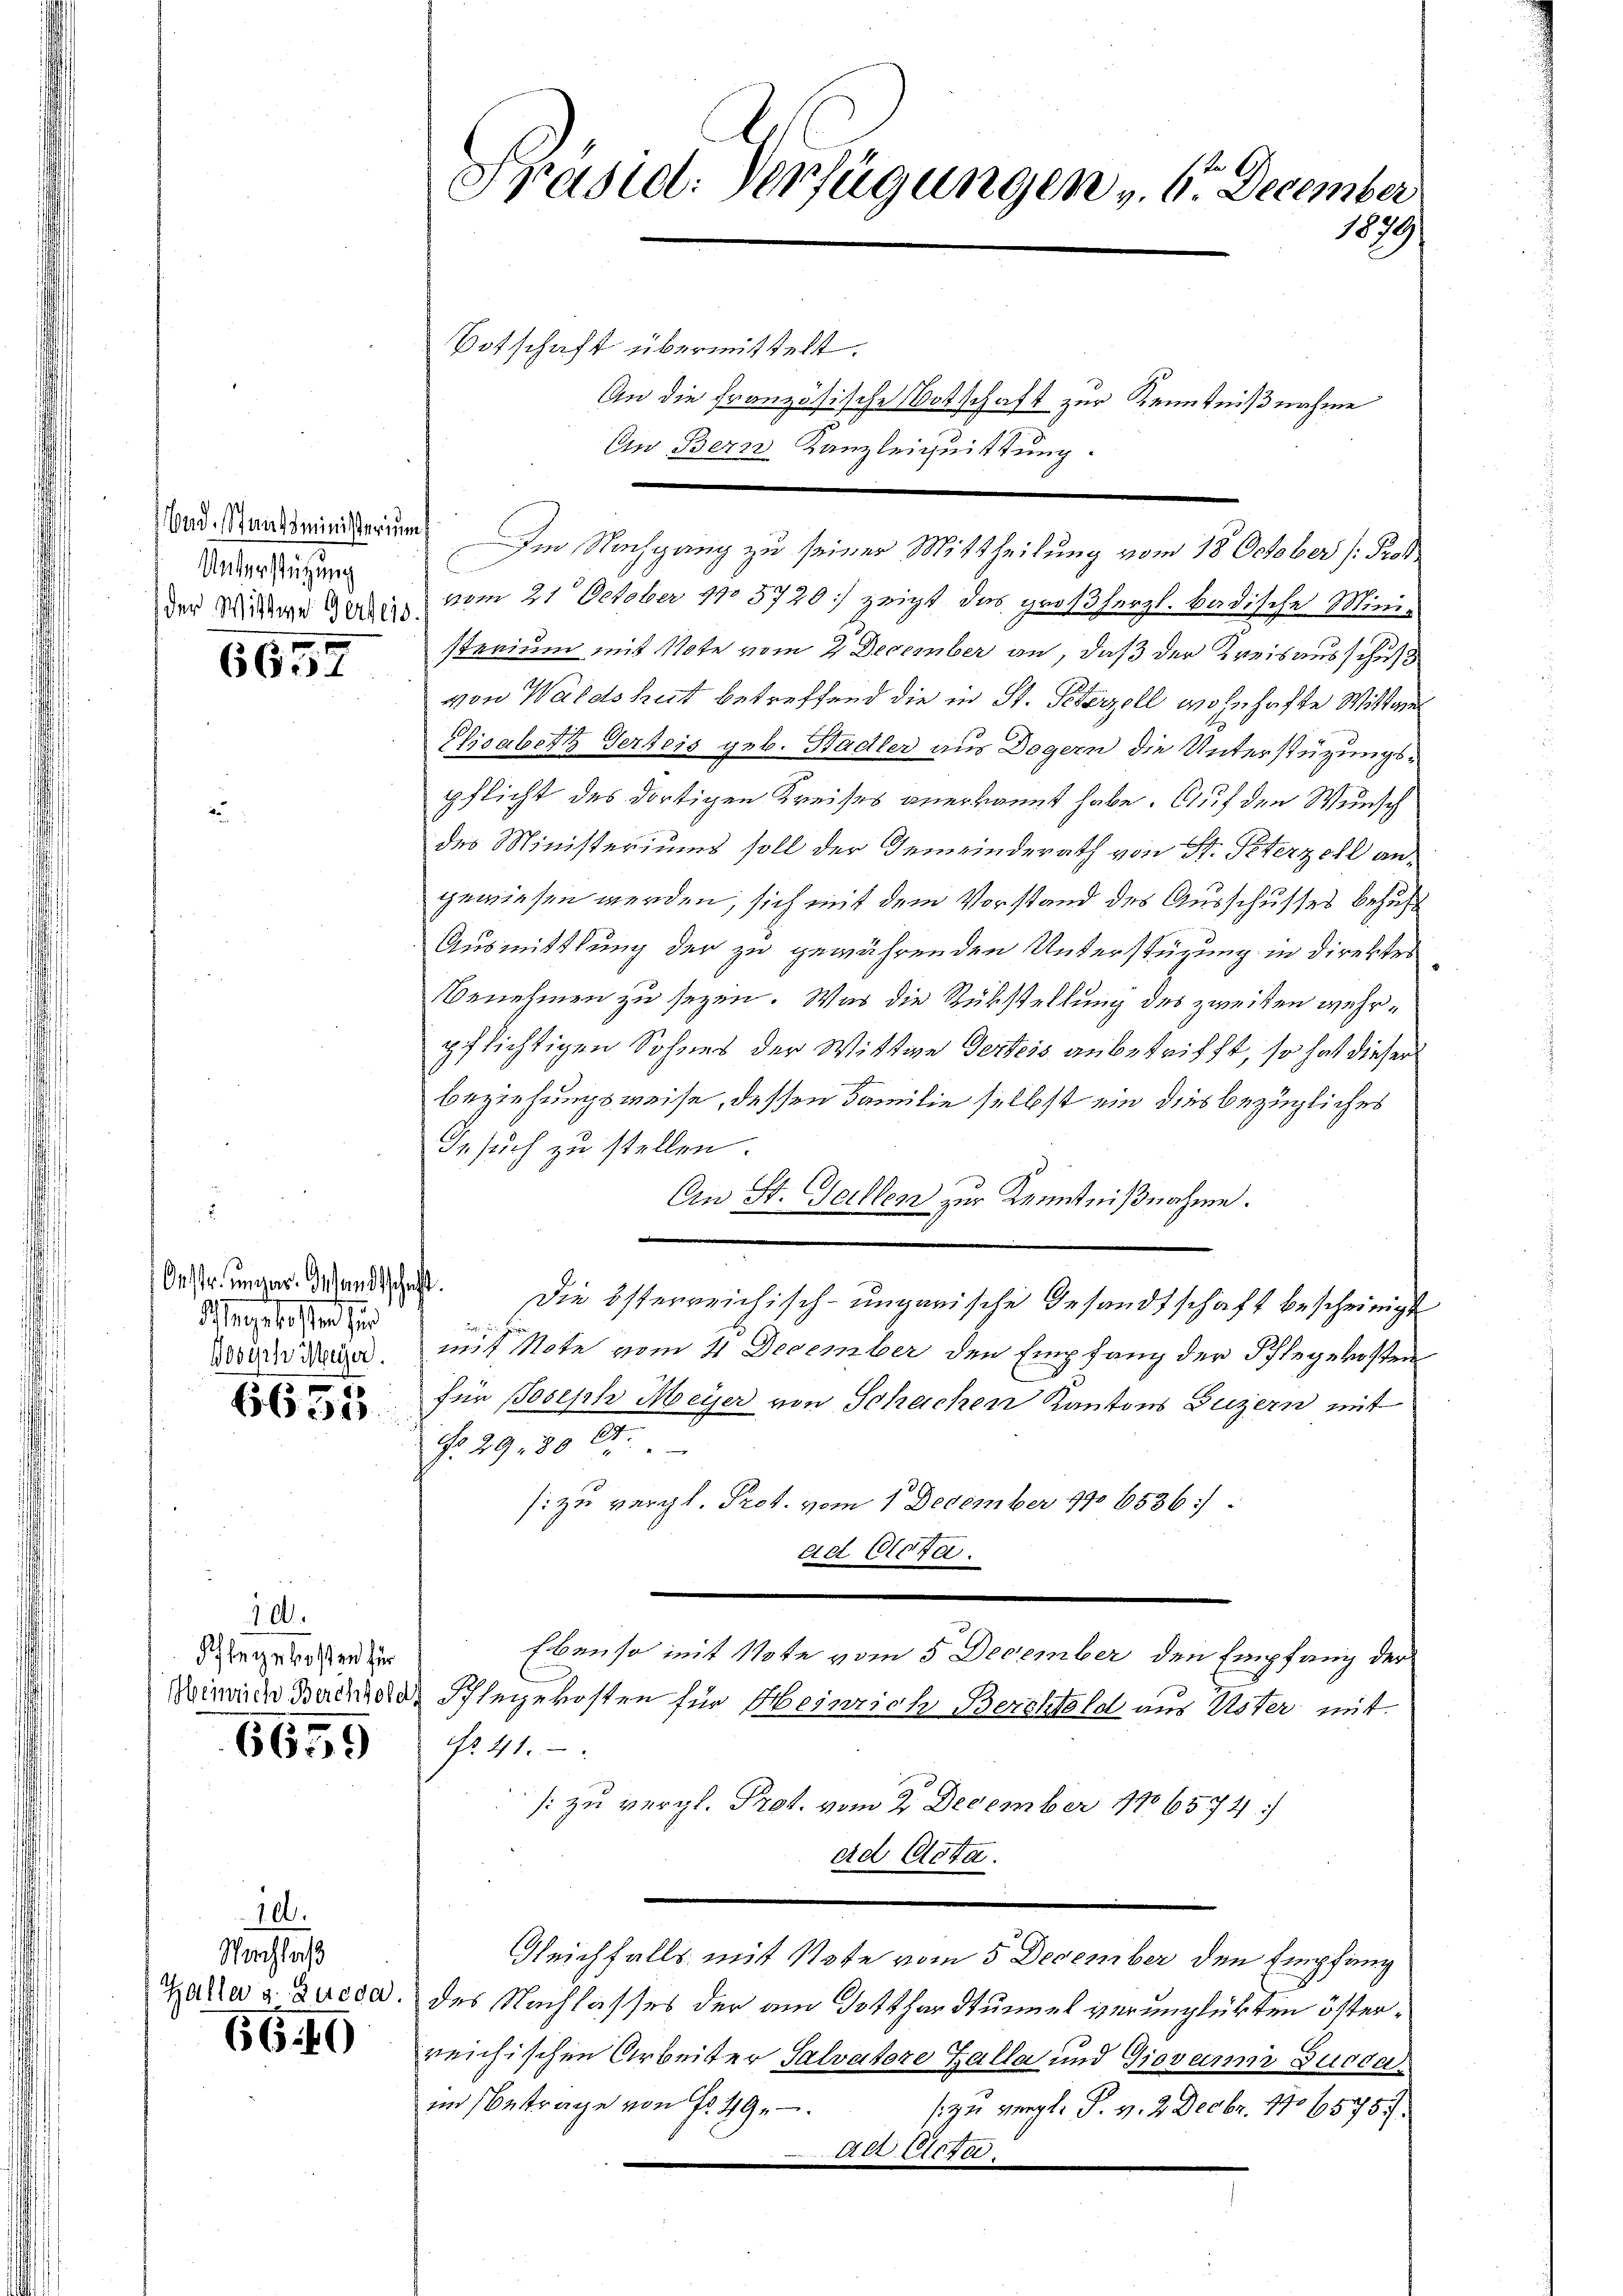
Bad. Staatsministerium
Unterstützung
der Wittwe Gerbeis

6657

Oestr. ungar. Gesandtsche
Mangeleisten zur
Wosich Meyer.

6655.

10.
Pflegekosten für
Heinrich Berchtold

6659

10.

Nachlaß
Galler v. Lucca

6640

Präsiel. Verfügungen v. 6. December
1879

Botschaft übermittelt.
An die französische Botschaft zur Kenntnißnahme

An Bern Kanzleichnittung.

Im Nachgang zu seiner Mittheilung vom 18. October (: Prof.
vom 21. October 1805720] zeigt das großherzl. badische Ministerium mit Note vom 2 December an, daß der Kreisausschuß
von Waldshut betreffend die in St. Peterzell wohnhafte Wittwe
Elisabeth Serbeis geb. Stadler aus Dogern die Unterstüzungspflicht des dortigen Kreises anerkannt habe. Auf den Wunsch
des Ministeriums soll der Gemeinderath von St. Peterzell an
gewiesen werden, sich mit dem Vorstand des Ausschusses behufs
Ausmittlung der zu gewährenden Unterstüzung in direktes
Benehmen zu sezen. Was die Rükstellung des zweiten wehrpflichtigen Sohnes der Wittwe Verteis anbetrifft, so hat dieser
beziehungsweise, dessen Familie selbst ein dies bezügliches
Gesuch zu stellen.
An St. Gallen zur Kenntnißnahme.
8. Die österreichisch-ungarische Gesandtschaft bescheinigt
 s. Herr
mit Note vom 4 December den Empfang der Pflegekosten
für Joseph Meyer von Schachen Kantons Luzern mit
No. 29. 80 l.
si zu vergl. Prot. vom 1. December 1906536:/.
ad Dicta.
Ebenso mit Note vom 5 December den Empfang der
Pflegekosten für Heinrich Berchtold aus Uster mit
No 41.
[: zu vergl. Prof. vom 2. December 186574
ad Acta.
Gleichfalls mit Note vom 5 December den Empfang
des Nachlasses der am Gotthardtunnel verunglükten österreichischen Arbeiter Salvatore Galla und Giovanni Succaim Betrage von Fr. 49.
s zu vergl. P. v. 2. Decbr. 170 f 5757.
ad Acta.